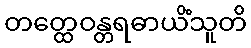
တတ္ထေဝန္တရဓာယိံသူတိ